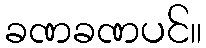
ခဏခဏပင်။